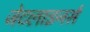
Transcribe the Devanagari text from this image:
जेटलाइनर्स